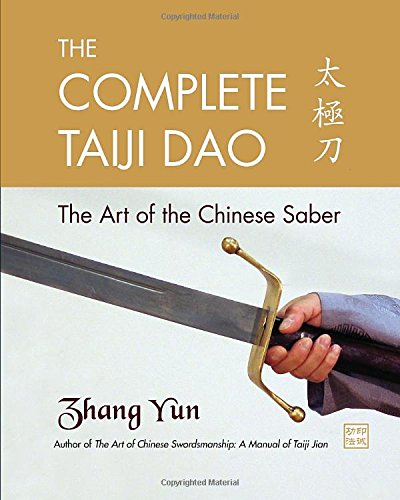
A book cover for The Complete Taiji Dao: The Art of the Chinese Saber; Yun Zhang; Sports & Outdoors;